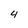
Character: 4